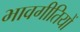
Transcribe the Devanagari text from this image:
भावगीतियों